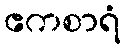
ဧကစာရံ